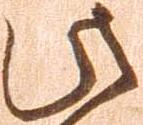
此